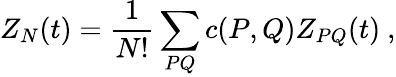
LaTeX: Z_{N}(t)={\frac{1}{N!}}\sum_{PQ}c(P,Q)Z_{PQ}(t)~,